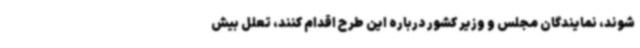
شوند، نمایندگان مجلس و وزیر کشور درباره این طرح اقدام کنند، تعلل بیش